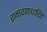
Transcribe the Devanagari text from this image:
रामायणाधारित